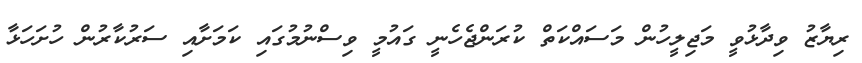
ރިޔާޒު ވިދާޅުވީ މަޖިލީހުން މަސައްކަތް ކުރަންޖެހެނީ ގައުމީ ވިސްނުމުގައި ކަމަށާއި ސަރުކާރުން ހުށަހަޅާ